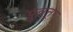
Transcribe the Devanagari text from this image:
पुन्नत्तूर